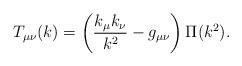
LaTeX: \begin{align*}T_{\mu\nu}(k) = \left( \frac{k_{\mu}k_{\nu}}{k^2} - g_{\mu\nu}\right) \Pi (k^2) .\end{align*}